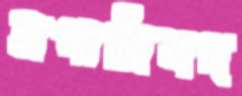
সপারিষদ